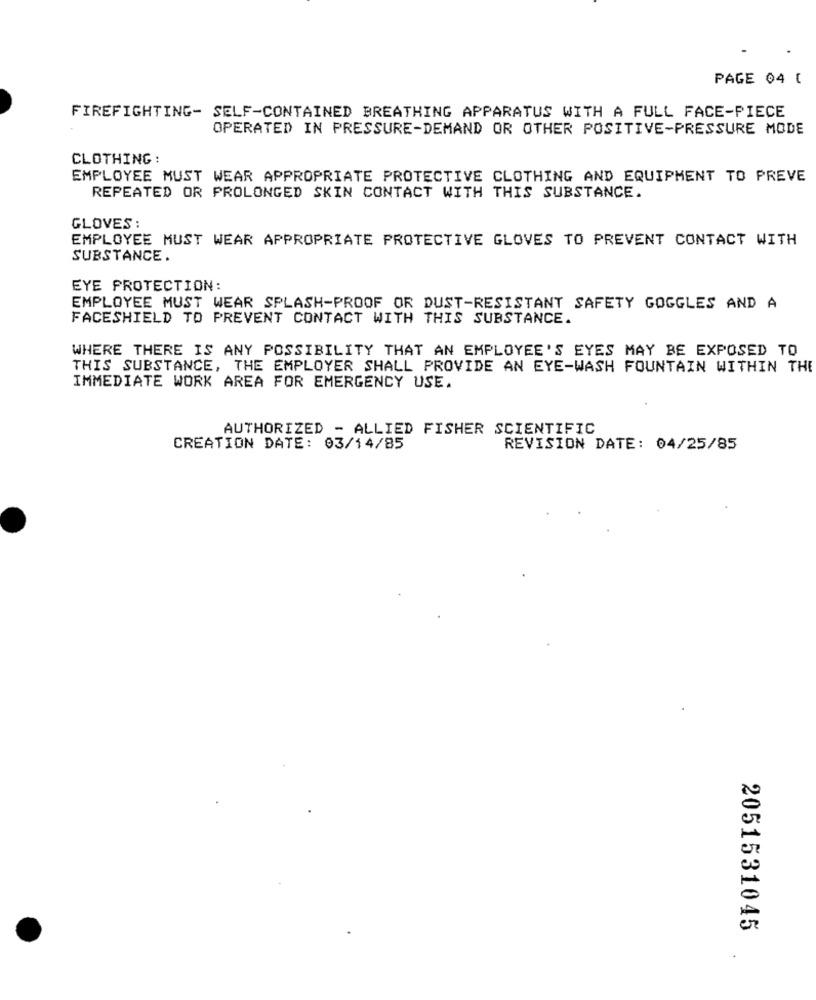
PAGE 04 [
FIREFIGHTING- SELF-CONTAINED BREATHING APPARATUS WITH A FULL FACE-PIECE
OPERATED IN PRESSURE-DEMAND OR OTHER POSITIVE-PRESSURE MODE
CLOTHING :
EMPLOYEE MUST WEAR APPROPRIATE PROTECTIVE CLOTHING AND EQUIPMENT TO PREVE
REPEATED OR PROLONGED SKIN CONTACT WITH THIS SUBSTANCE.
GLOVES :
EMPLOYEE MUST WEAR APPROPRIATE PROTECTIVE GLOVES TO PREVENT CONTACT WITH
SUBSTANCE.
EYE PROTECTION:
EMPLOYEE MUST WEAR SPLASH-PROOF OR DUST-RESISTANT SAFETY GOGGLES AND A
FACESHIELD TO PREVENT CONTACT WITH THIS SUBSTANCE.
WHERE THERE IS ANY POSSIBILITY THAT AN EMPLOYEE'S EYES MAY BE EXPOSED TO
THIS SUBSTANCE, THE EMPLOYER SHALL PROVIDE AN EYE-WASH FOUNTAIN WITHIN THE
IMMEDIATE WORK AREA FOR EMERGENCY USE.
AUTHORIZED - ALLIED FISHER SCIENTIFIC
CREATION DATE: 03/14/85
REVISION DATE: 04/25/85
2051531045